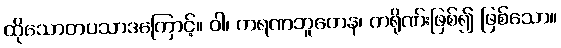
ထိုသောတပသာဒကြောင့်။ ဝါ၊ ကရဏဘူတေန၊ ကရိုဏ်းဖြစ်၍ ဖြစ်သော။